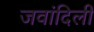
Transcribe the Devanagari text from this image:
जवांदिली